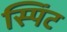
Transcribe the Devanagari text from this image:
स्पिंट